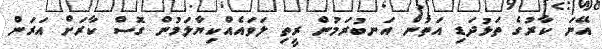
އޭނަ ކާރުގެ ތަޅުދަޑި އަތުން އަނބުރަމުން ރީތި ލަވައެއްކިޔާލަމުން ގޮސް ކާރަށް އަރަން